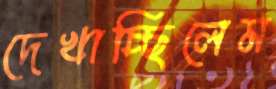
দেখাচ্ছিলেম